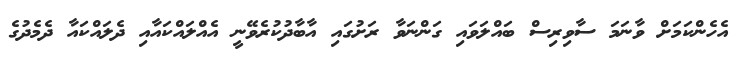
އެހެންކަމަށް ވާނަމަ ސާވިރިސް ބައްލަވައި ގަންނަވާ ރަށުގައި އާބާދުކުރެވޭނީ އެއްލައްކައާއި ދެލައްކައާ ދެމެދުގެ